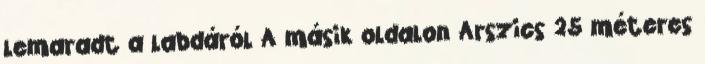
lemaradt a labdáról A másik oldalon Arszics 25 méteres